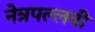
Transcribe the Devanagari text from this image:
नेत्रपल्लवी